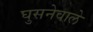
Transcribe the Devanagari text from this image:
घुसनेवाले